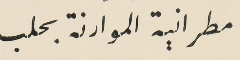
مطرانية الموارنة بحلب